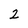
Character: 2